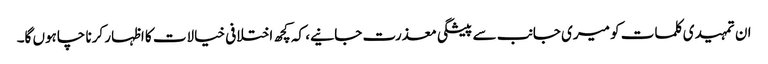
ان تمہیدی کلمات کو میری جانب سے پیشگی معذرت جانیے، کہ کچھ اختلافی خیالات کا اظہار کرنا چاہوں گا۔